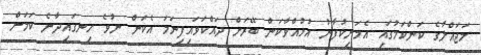
މަޖައްލާގެ ކަންކަމުގައި އެމަނިކުފާނު އުޅުއްވާކަން ބޭރަށް ދައްކަވައިފިނަމަ އެކަން ނުވެ ހިނގައިދާނެ ކަމަށް